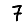
Digit: 7